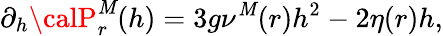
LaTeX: \displaystyle\partial_{h}{\calP}_{r}^{\mathit{M}}(h)=3g\nu^{\mathit{M}}(r)h^{2}-2\eta(r)h,